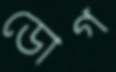
ডোগ